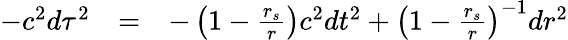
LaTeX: \begin{array}{lll}{-c^{2}d\tau^{2}}&{=}&{-\left(1-\frac{r_{s}}{r}\right)c^{2}dt^{2}+\left(1-\frac{r_{s}}{r}\right)^{-1}dr^{2}}\end{array}